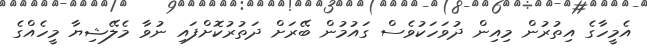
އެމީހާގެ އިތުރުން މިއިން ދުވަހަކުވެސް ގައުމުން ބޭރަށް ދަތުރުކޮށްފައި ނުވާ މެލޭޝިޔާ މީހެއްގެ